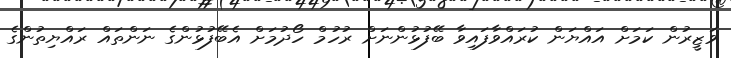
ވަޒީރުން ކަމަށް އައްޔަން ކުރައްވާފައިވާ ބޭފުޅުންނަށް ރުހުމް ހޯދުމަށް އެބޭފުޅުންގެ ނަންތައް ރައްޔިތުންގެ